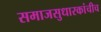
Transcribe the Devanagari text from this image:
समाजसुधारकांचीच